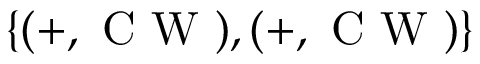
\{ ( + , \mathrm { ~ C ~ W ~ } ) , ( + , \mathrm { ~ C ~ W ~ } ) \}